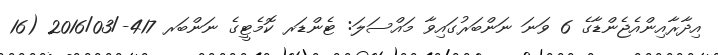
އިދާރާއިންއެޖެންޑާގެ 6 ވަނަ ނަންބަރުގައިވާ މައްސަލަ: ޓެންޑަރ ކޮމެޓީގެ ނަންބަރ 417-/2016/03 (16